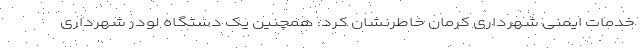
خدمات ایمنی شهرداری کرمان خاطرنشان کرد: همچنین یک دستگاه لودر شهرداری